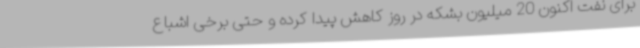
برای نفت اکنون 20 میلیون بشکه در روز کاهش پیدا کرده و حتی برخی اشباع